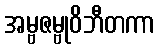
အမ္ဗဇမ္ဗုဝိဘီတကာ